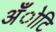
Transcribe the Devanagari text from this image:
अँोटि